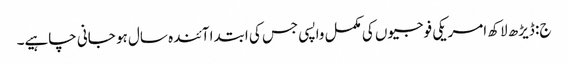
ج: ڈیڑھ لاکھ امریکی فوجیوں کی مکمل واپسی جس کی ابتدا آئندہ سال ہو جانی چاہیے۔